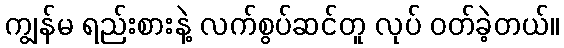
ကျွန်မ ရည်းစားနဲ့ လက်စွပ်ဆင်တူ လုပ် ဝတ်ခဲ့တယ်။